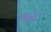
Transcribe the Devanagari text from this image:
रेवले